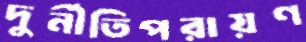
দুর্নীতিপরায়ণ